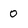
Character: 0